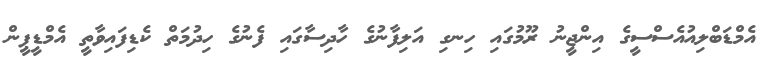
އެމްޑަބްލިއުއެސްސީގެ އިންޖީނު ރޫމުގައި ހިނގި އަލިފާނުގެ ހާދިސާގައި ފެނުގެ ހިދުމަތް ކެޑިފައިވާތީ އެމްޑީޕީން